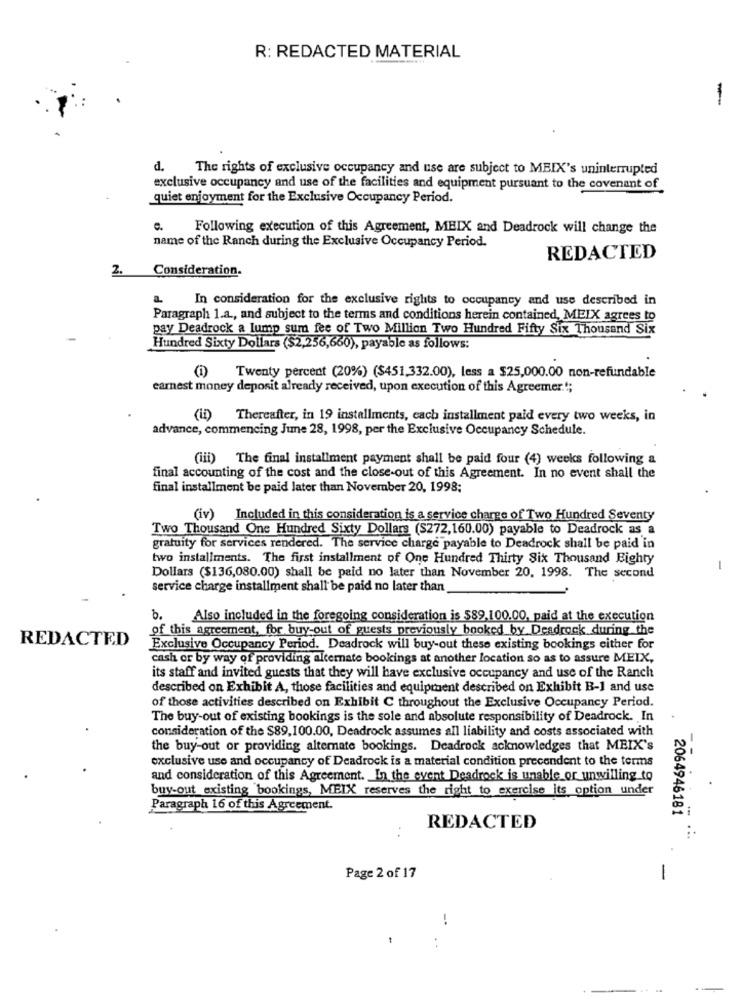
R: REDACTED MATERIAL
d. The rights of exclusive occupancy and use are subject to MBIX's uninterrupted
exclusive occupancy and use of the facilities and equipment pursuant to the covenant of
quiet enjoyment for the Exclusive Occupancy Period.
e.
Following execution of this Agreement, MEIX and Deadrock will change the
name of the Ranch during the Exclusive Occupancy Period.
REDACTED
2.
Consideration.
In consideration for the exclusive rights to occupancy and use described in
Paragraph 1.a ., and subject to the terms and conditions herein contained, MEIX agrees to
pay Deadrock a lump sum fee of Two Million Two Hundred Fifty Six Thousand Six
Hundred Sixty Dollars ($2,256,660), payable as follows:
(i) Twenty percent (20%) ($451,332.00), less a $25,000.00 non-refundable
earnest money deposit already received, upon execution of this Agreemer .!;
(ii) Thereafter, in 19 installments, each installment paid every two weeks, in
advance, commencing June 28, 1998, per the Exclusive Occupancy Schedule.
(iii) The final installment payment shall be paid four (4) weeks following a
final accounting of the cost and the close-out of this Agreement. In no event shall the
final installment be paid later than November 20, 1998;
(iv) Included in this consideration is a service charge of Two Hundred Seventy
Two Thousand One Hundred Sixty Dollars (S272,160.00) payable to Deadrock as a
gratuity for services rendered. The service charge payable to Deadrock shall be paid in
two installments. The first installment of One Hundred Thirty Six Thousand Eighty
-
Dollars ($136,080.00) shall be paid no later than November 20, 1998. The second
service charge installment shall be paid no later than
6.
Also included in the foregoing consideration is $89,100.00, paid at the execution
of this agreement, for buy-out of guests previously booked by Desdrock during the
REDACTED
Exclusive Occupancy Period. Deadrock will buy-out these existing bookings either for
cash or by way of providing alternate bookings at another location so as to assure MEIX,
its staff and invited guests that they will have exclusive occupancy and use of the Ranch
described on Exhibit A, those facilities and equipment described on Exhibit B-1 and use
of those activities described on Exhibit C throughout the Exclusive Occupancy Period.
The buy-out of existing bookings is the sole and absolute responsibility of Deadrock. In
consideration of the $89,100.00, Deadrock assumes all liability and costs associated with
the buy-out or providing alternate bookings. Deadrock acknowledges that MEIX's
exclusive use and occupancy of Deadrock is a material condition precendent to the terms
and consideration of this Agreement. In the event Deadrock is unable or unwilling to
buy-out existing bookings, MEIX reserves the right to exercise its option under
Paragraph 16 of this Agreement.
2064946181
REDACTED
Page 2 of 17
-
. .